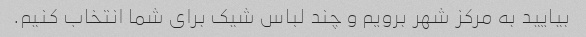
بیایید به مرکز شهر برویم و چند لباس شیک برای شما انتخاب کنیم.